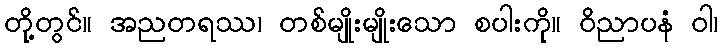
တို့တွင်။ အညတရဿ၊ တစ်မျိုးမျိုးသော စပါးကို။ ဝိညာပနံ ဝါ၊